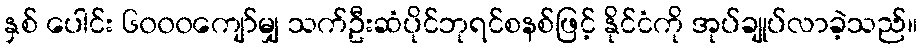
နှစ် ပေါင်း ၆၀၀၀ကျော်မျှ သက်ဦးဆံပိုင်ဘုရင်စနစ်ဖြင့် နိုင်ငံကို အုပ်ချုပ်လာခဲ့သည်။